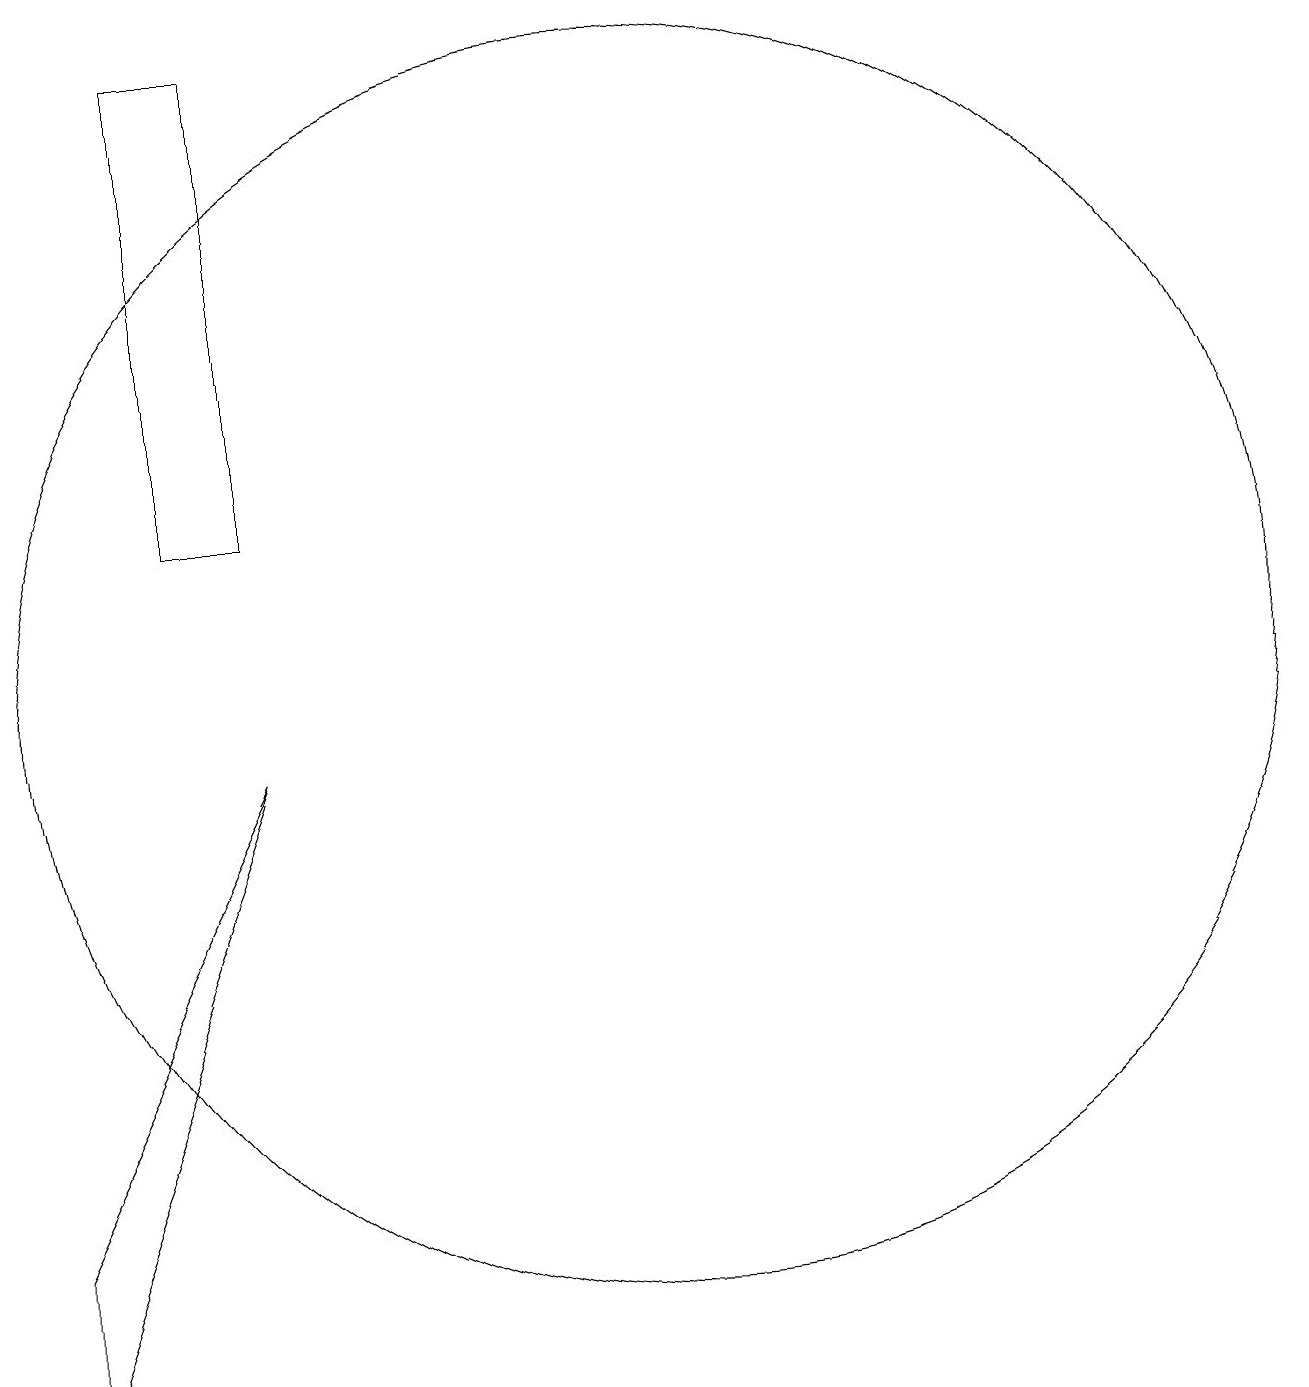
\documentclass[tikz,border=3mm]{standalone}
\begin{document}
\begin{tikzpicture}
\draw (10,10) circle (8);
\draw (5,18) rectangle (4,12);
\draw (5,9) -- (2,1) -- (2,3) -- cycle;
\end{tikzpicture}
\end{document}